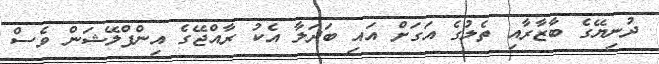
ދުނިޔޭގެ ބާޒާރާއި ތެލުގެ އަގަށް އައި ބަދަލާ އެކު ރާއްޖޭގެ އިންފްލޭޝަން ވެސް